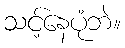
သင့်နေပုံဘဲ။